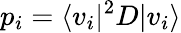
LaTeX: p_{i}=\langle v_{i}|{}^{2}D|v_{i}\rangle